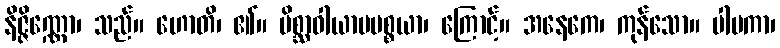
နိဇ္ဇိဏ္ဏော၊ သည်။ ဟောတိ၊ ၏။ မိစ္ဆာဝါယာမပစ္စယာ၊ ကြောင့်။ အနေကေ၊ ကုန်သော။ ပါပကာ၊